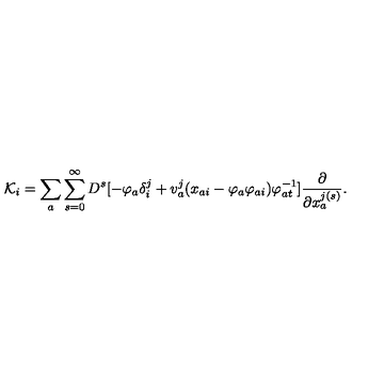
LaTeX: { \cal K } _ { i } = \sum _ { a } \sum _ { s = 0 } ^ { \infty } D ^ { s } [ - \varphi _ { a } \delta _ { i } ^ { j } + v _ { a } ^ { j } ( x _ { a i } - \varphi _ { a } \varphi _ { a i } ) \varphi _ { a t } ^ { - 1 } ] \frac { \partial } { \partial x _ { a } ^ { j ( s ) } } .